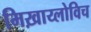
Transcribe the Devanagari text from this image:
मिख़ाय्लोविच